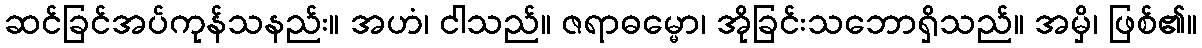
ဆင်ခြင်အပ်ကုန်သနည်း။ အဟံ၊ ငါသည်။ ဇရာဓမ္မော၊ အိုခြင်းသဘောရှိသည်။ အမှိ၊ ဖြစ်၏။